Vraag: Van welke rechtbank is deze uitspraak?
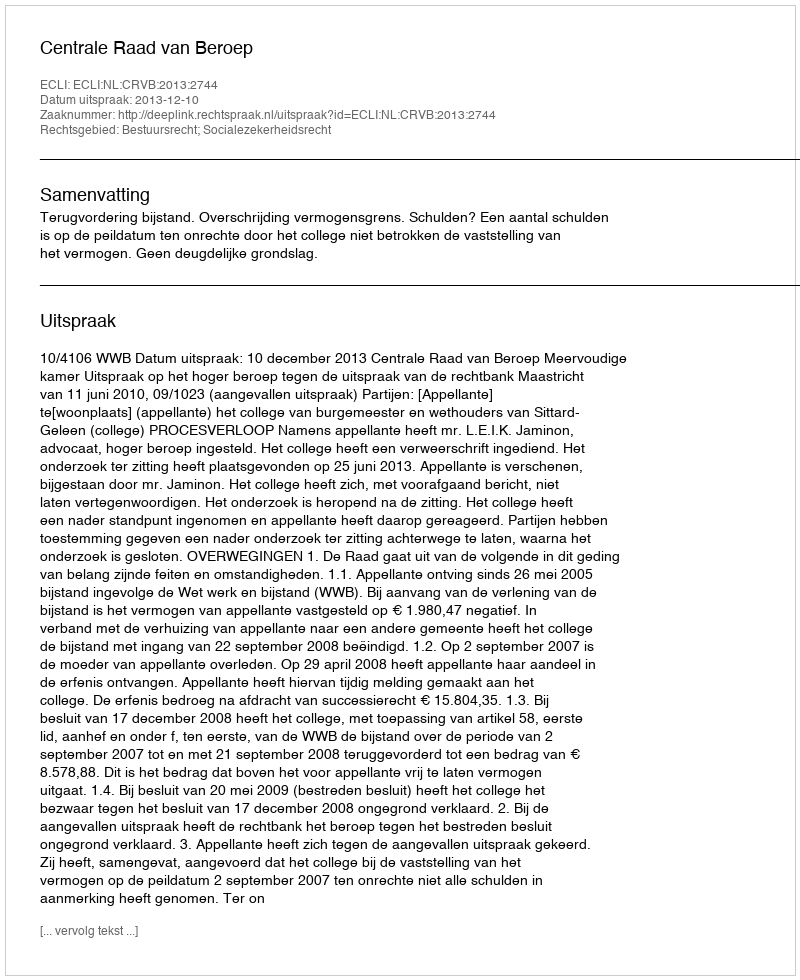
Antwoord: Centrale Raad van Beroep